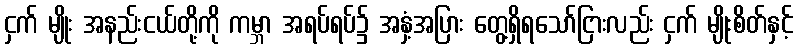
ငှက် မျိုး အနည်းငယ်တို့ကို ကမ္ဘာ အရပ်ရပ်၌ အနှံ့အပြား တွေ့ရှိရသော်ငြားလည်း ငှက် မျိုးစိတ်နှင့်